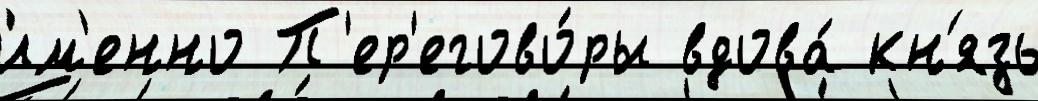
и́м'енно П'ер'егово́ры вдова́ кн'язь